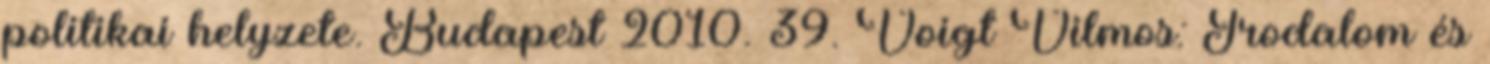
politikai helyzete. Budapest 2010. 39. Voigt Vilmos: Irodalom és